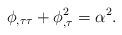
LaTeX: \begin{align*}\phi _{,\tau \tau }+\phi _{,\tau }^2=\alpha ^2.\end{align*}